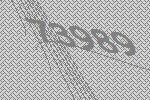
73989